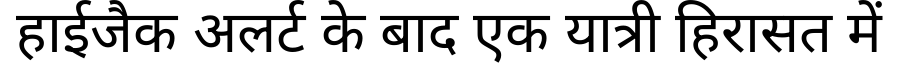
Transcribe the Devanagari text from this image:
हाईजैक अलर्ट के बाद एक यात्री हिरासत में